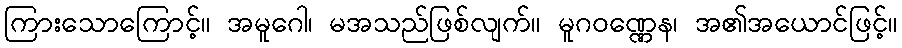
ကြားသောကြောင့်။ အမူဂေါ၊ မအသည်ဖြစ်လျက်။ မူဂဝဏ္ဏေန၊ အ၏အယောင်ဖြင့်။